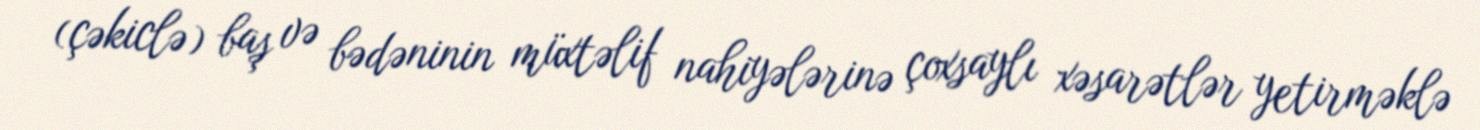
(çəkiclə) baş və bədəninin müxtəlif nahiyələrinə çoxsaylı xəsarətlər yetirməklə